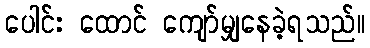
ပေါင်း ထောင် ကျော်မျှနေခဲ့ရသည်။